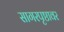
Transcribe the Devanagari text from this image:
सागरपृष्ठावर